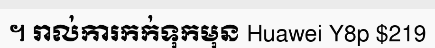
។ រាល់ការកក់ទុកមុន Huawei Y8p $219